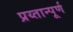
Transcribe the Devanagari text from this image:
प्रय्तान्पूर्ण